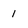
Character: 1